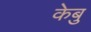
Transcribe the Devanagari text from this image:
केबु